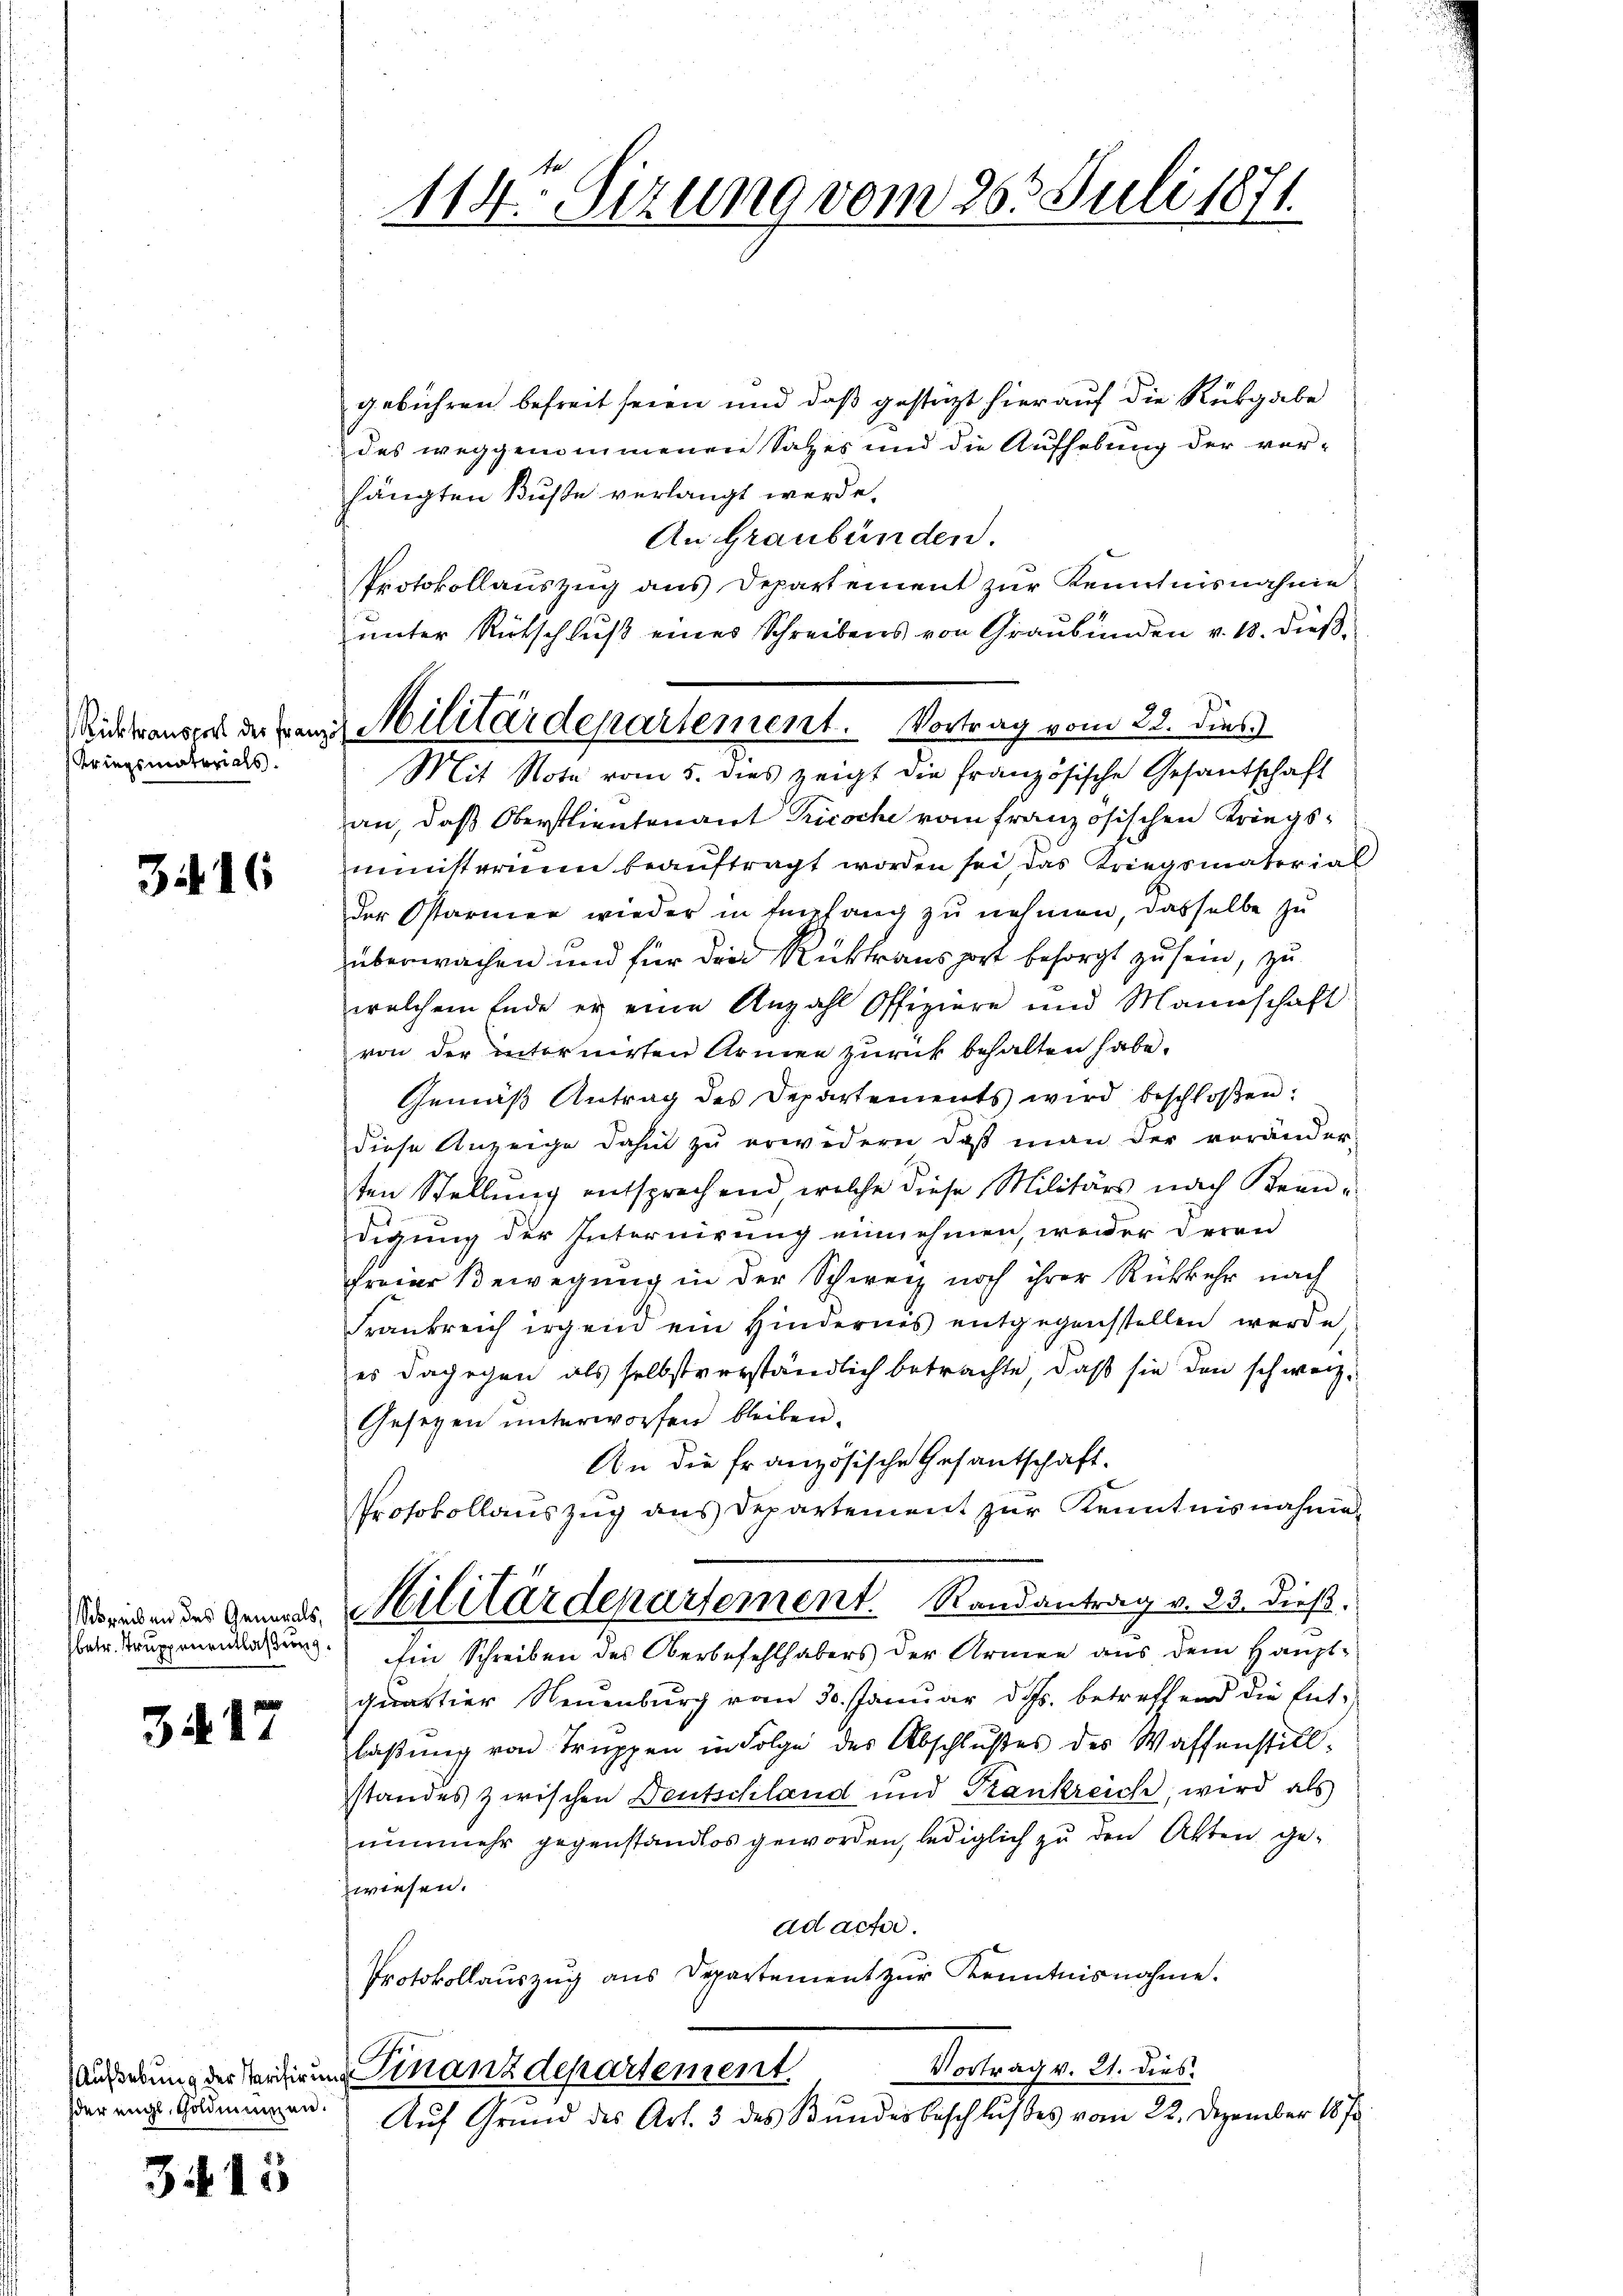
Kriegsmaterials.

3416

Schreiben des Generals,
betr. Truppenentlaßung.

34. 17

der eigl, Goldmanzen.

315

114. Sizung vom 263. Juli 1871.

Richtausers der Franz Militärdepartement. Vortrag vom 22. dies
Mit Note vom 5. dies zeigt die französische Gesantschaft

gebühren befreit seien und daß gestatt hierauf die Rückgabe
des weggenommenen Satzes und die Aufhebung der ver-
hängten Buße verlangt werde.
An Graubünden.
Protokollauszug aus Departement zur Kenntnisnahme
Junter Rütschluß eines Schreibens von Graubünden v. 18. dießan, daß Oberstlieutenant Tricoche vom französischen Kriegsministerium beauftragt worden sei, das Kriegsmaterial
der Ostarmen wieder in Empfang zu nehmen, dasselbe zu
überwachen und für die Rücktransport besorgt zu sein, zu
welchem Ende er eine Anzahl Offiziere und Mannschaft
von der internirten Armen zurück behalten habe.
Gemäß Antrag des Departements wird beschloßen:
diese Anzeige dahin zu erwidern, daß man der veränder-
ten Stellung entsprechend, welche diese Militärs nach Beendigung der Internirung einnehmen, weider deren
freier Bewegung in der Schweiz noch ihrer Rückkehr nach
Frankreich irgend ein Hindernis entgegenstellen werde,
es dagegen als selbstverständlich betrachte, daß sie den schweiz.
Gesetzen unterworfen bleiben.
An die französische Gesantschaft.
Protokollauszug aus Departement zur Kenntnisnahmen
Militärdepartement. Randantrag v. 23. dieß.
Ein Schreiben des Oberbefehlhabers der Armen aus dem Hauptquartier Neuenburg vom 30. Januar d. Js. betreffend die Entlaßung von Truppen in Folge des Abschlußes des Wassenstill.
standes zwischen Deutschland und Trankreich, wird als
nunmehr gegenstandlos geworden, lediglich zu den Akten gewiesen.
ad acter.
Protokollauszug aus Departement zur Kenntnisnahme.
Vortrag v. 21. dies
äußerung der Verdigung Finanzdepartement.
Auf Grund des Art. 3 des Bundesbeschlußes vom 22. Dezember 1870